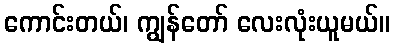
ကောင်းတယ်၊ ကျွန်တော် လေးလုံးယူမယ်။